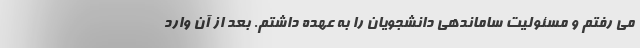
می رفتم و مسئولیت ساماندهی دانشجویان را به عهده داشتم. بعد از آن وارد